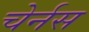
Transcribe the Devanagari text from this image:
चेर्नस